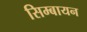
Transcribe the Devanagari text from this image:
सिम्बायन